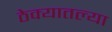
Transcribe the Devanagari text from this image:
ठेक्यातल्या